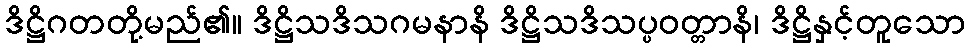
ဒိဋ္ဌိဂတတို့မည်၏။ ဒိဋ္ဌိသဒိသဂမနာနိ ဒိဋ္ဌိသဒိသပ္ပဝတ္တာနိ၊ ဒိဋ္ဌိနှင့်တူသော